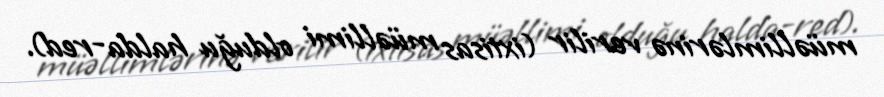
müəllimlərinə verilir (ixtisas müəllimi olduğu halda-red).